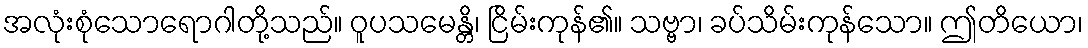
အလုံးစုံသောရောဂါတို့သည်။ ဝူပသမေန္တိ၊ ငြိမ်းကုန်၏။ သဗ္ဗာ၊ ခပ်သိမ်းကုန်သော။ ဤတိယော၊